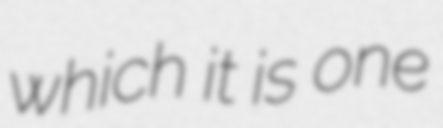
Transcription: which it is one